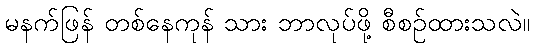
မနက်ဖြန် တစ်နေကုန် သား ဘာလုပ်ဖို့ စီစဉ်ထားသလဲ။